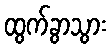
ထွက်ခွာသွား